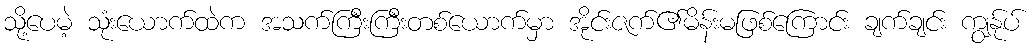
သို့ပေမဲ့ သုံးယောက်ထဲက အသက်ကြီးကြီးတစ်ယောက်မှာ အိုင်းဇက်၏မိန်းမဖြစ်ကြောင်း ချက်ချင်း ကျွန်ုပ်